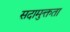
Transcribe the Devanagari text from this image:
सदामुक्तता